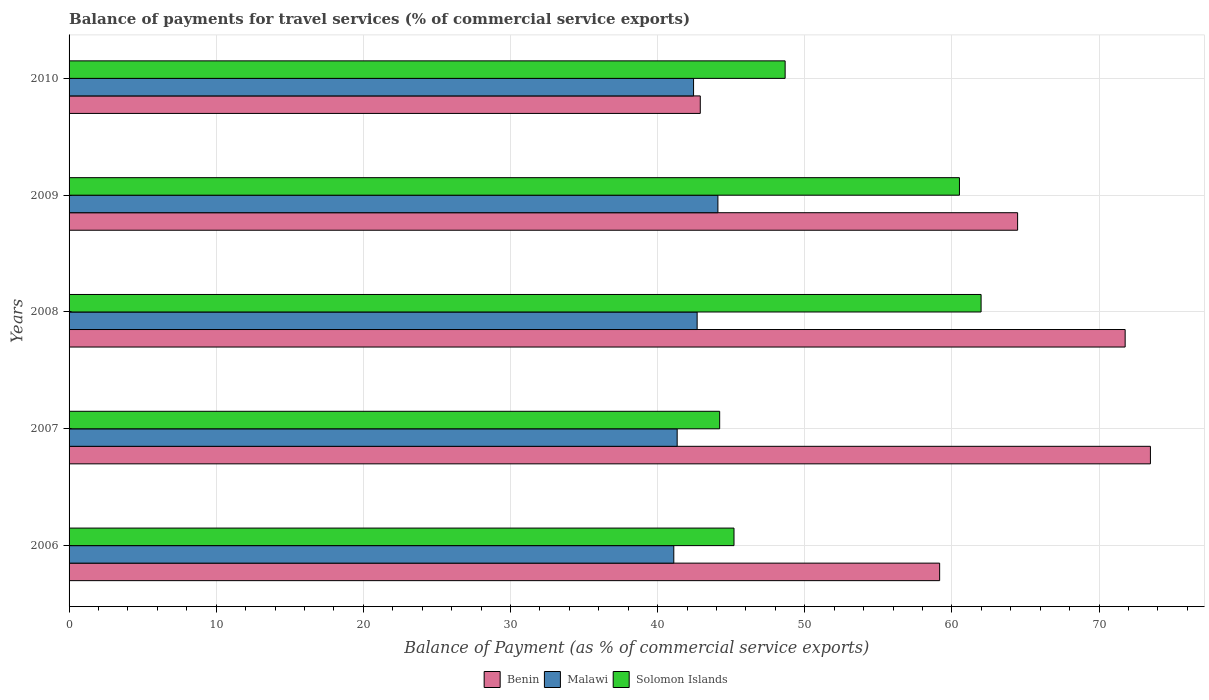
| Years | Benin | Malawi | Solomon Islands |
 | --- | --- | --- | --- |
 | 2006 | 59.2 | 41.1 | 45.2 |
 | 2007 | 73.5 | 41.3 | 44.2 |
 | 2008 | 71.8 | 42.7 | 62 |
 | 2009 | 64.5 | 44.1 | 60.5 |
 | 2010 | 42.9 | 42.4 | 48.7 |